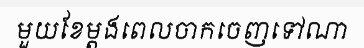
មួយខែម្តងពេលចាកចេញទៅណា